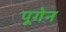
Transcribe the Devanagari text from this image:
पूगेन